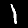
Digit: 1